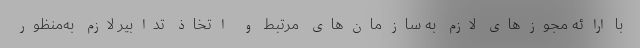
با ارائه مجوزهای لازم به سازمان‌های مرتبط و اتخاذ تدابیر لازم به‌منظور